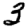
Digit: 3